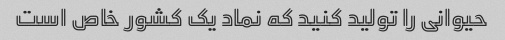
حیوانی را تولید کنید که نماد یک کشور خاص است